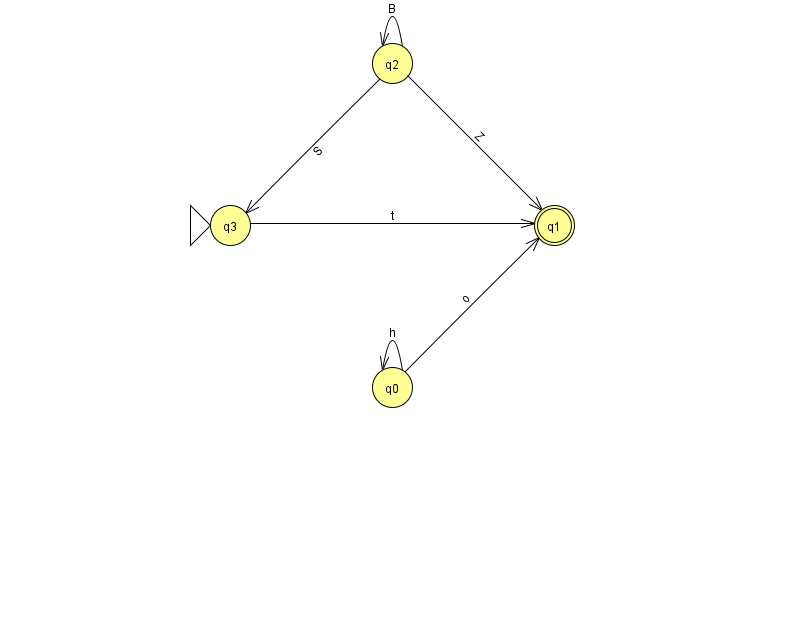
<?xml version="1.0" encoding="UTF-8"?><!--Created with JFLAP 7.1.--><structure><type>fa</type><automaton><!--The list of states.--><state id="0" name="q0"><x>392.0</x><y>374.0</y></state><state id="1" name="q1"><x>554.0</x><y>212.0</y><final/></state><state id="2" name="q2"><x>392.0</x><y>50.0</y></state><state id="3" name="q3"><x>230.0</x><y>212.0</y><initial/></state><!--The list of transitions.--><transition><from>3</from><to>1</to><read>t</read></transition><transition><from>2</from><to>2</to><read>B</read></transition><transition><from>2</from><to>1</to><read>Z</read></transition><transition><from>0</from><to>0</to><read>h</read></transition><transition><from>2</from><to>3</to><read>S</read></transition><transition><from>0</from><to>1</to><read>o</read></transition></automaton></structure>